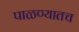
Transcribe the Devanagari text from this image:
पाळण्यातच